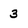
Character: 3